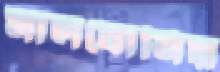
সালবোনিয়